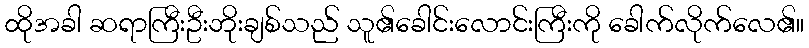
ထိုအခါ ဆရာကြီးဦးဘိုးချစ်သည် သူ၏ခေါင်းလောင်းကြီးကို ခေါက်လိုက်လေ၏။